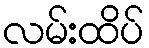
လမ်းထိပ်